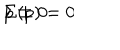
\Sigma ( p ) = 0 \hspace { 0 . 5 c m } p \not = 0